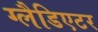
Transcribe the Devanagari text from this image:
ग्‍लैडिएटर